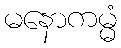
မနောကမ္မံ